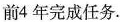
前4年完成任务。